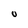
Character: O